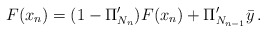
\begin{align*}F(x_{n})=(1-\Pi_{N_{n}}^{\prime})F(x_{n})+\Pi_{N_{n-1}}^{\prime}\bar{y}\,.\end{align*}